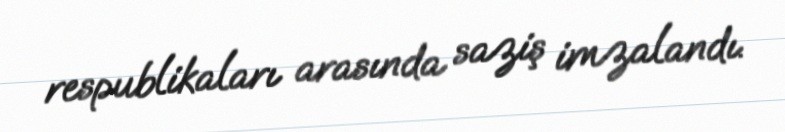
respublikaları arasında saziş imzalandı.